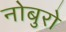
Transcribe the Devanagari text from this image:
नोबुरो